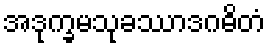
အဒုက္ခမသုခဿာဒဂဓိတံ